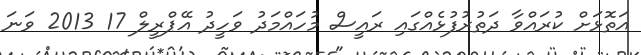
އަތޮޅަށް ކުރައްވާ ދަތުރުފުޅެއްގައި ރައީސް މުހައްމަދު ވަހީދު އޭޕްރީލް 17 2013 ވަނަ